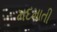
મદમાતી